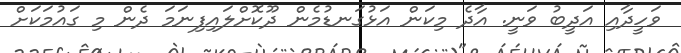
ވަހީދާއި އަދީބު ވަނީ. އާދެ މިކަން އަޅުގަނޑުމެން ދޫކޮށްލައިފިނަަމަ ދެން މި ގައުމަކަށް